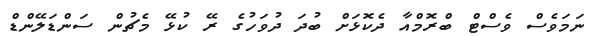
ނަމަވެސް ވެސްޓް ބްރޮމްއާ ދެކޮޅަށް ބުދަ ދުވަހުގެ ރޭ ކުޅޭ މެޗުން ސަންޑަލޭންޑް